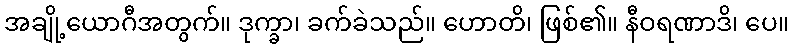
အချို့ယောဂီအတွက်။ ဒုက္ခာ၊ ခက်ခဲသည်။ ဟောတိ၊ ဖြစ်၏။ နီဝရဏာဒိ၊ ပေ။